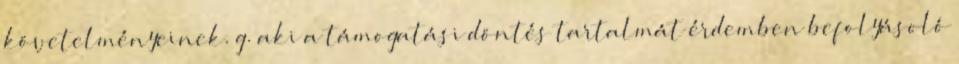
követelményeinek. g. aki a támogatási döntés tartalmát érdemben befolyásoló